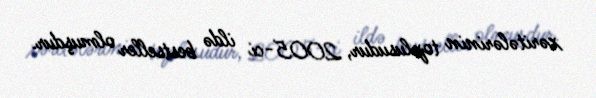
xəritələrinin toplusudur, 2005-ci ildə bestseller olmuşdur.